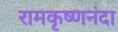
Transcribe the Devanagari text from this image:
रामकृष्णनंदा